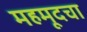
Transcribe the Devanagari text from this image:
महमूदचा